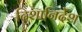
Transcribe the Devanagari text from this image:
दिशानिर्देंश